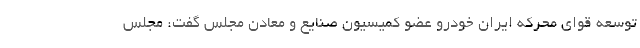
توسعه قوای محرکه ایران خودرو عضو کمیسیون صنایع و معادن مجلس گفت: مجلس